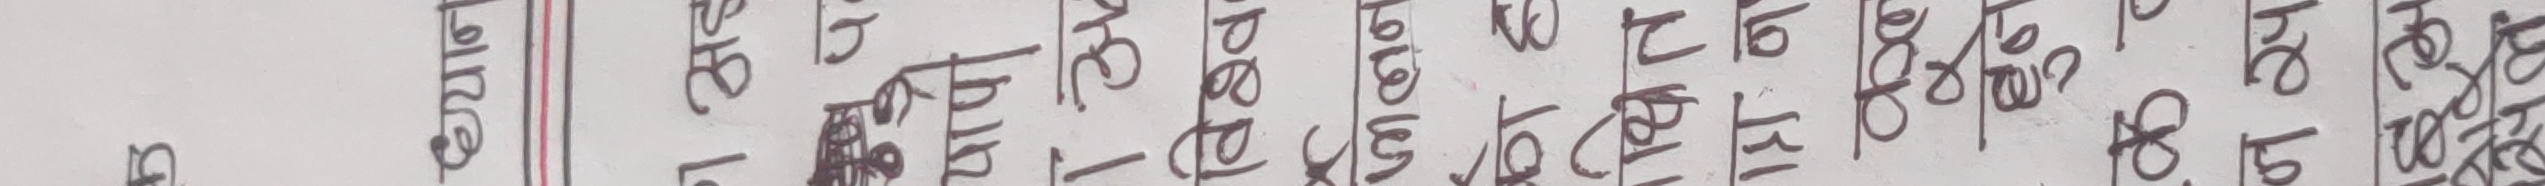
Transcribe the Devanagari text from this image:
ध्यान
यापी
विश्व
फलन
को ह
थित
हा न
क
हुने
न प
सले